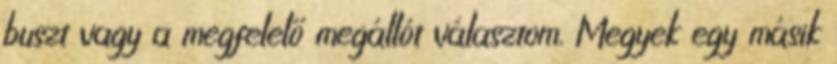
buszt vagy a megfelelő megállót választom. Megyek egy másik